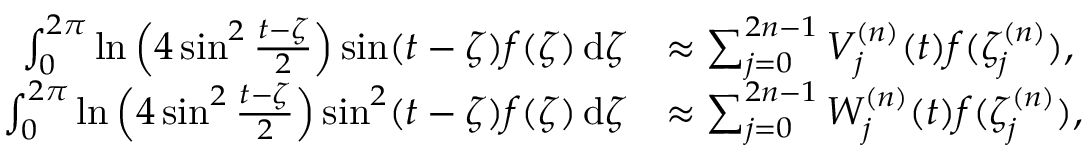
\begin{array} { r l } { \int _ { 0 } ^ { 2 \pi } \ln \Big ( 4 \sin ^ { 2 } \frac { t - \zeta } { 2 } \Big ) \sin ( t - \zeta ) f ( \zeta ) \, \mathrm { d } \zeta } & { \approx \sum _ { j = 0 } ^ { 2 n - 1 } V _ { j } ^ { ( n ) } ( t ) f ( \zeta _ { j } ^ { ( n ) } ) , } \\ { \int _ { 0 } ^ { 2 \pi } \ln \Big ( 4 \sin ^ { 2 } \frac { t - \zeta } { 2 } \Big ) \sin ^ { 2 } ( t - \zeta ) f ( \zeta ) \, \mathrm { d } \zeta } & { \approx \sum _ { j = 0 } ^ { 2 n - 1 } W _ { j } ^ { ( n ) } ( t ) f ( \zeta _ { j } ^ { ( n ) } ) , } \end{array}